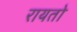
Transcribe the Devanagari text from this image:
रायतो